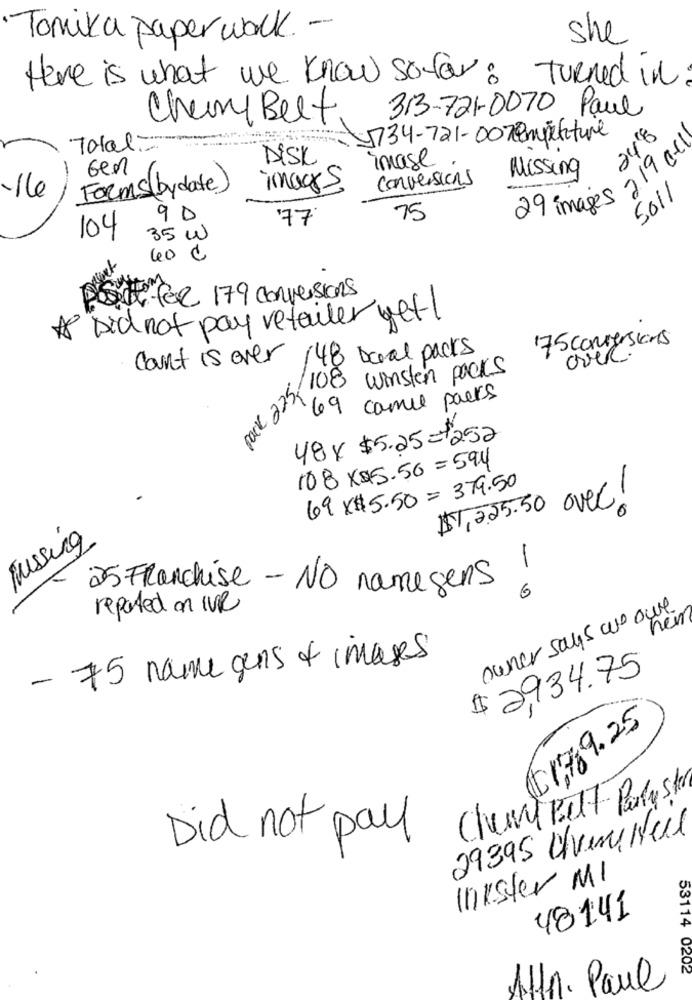
Tomika paper walk. -
she
Here is what we know sofar: Turned in
313-721-0070 Paul
Chemy Beef
248
1734-721-00Température
219 act
Total ..
DISK
image .
Gen
Missing
Conversions
Forms( by date)
imars
16
29 images
5011
90
77
75
104
35 w
40
Posit fer 179 conversions
* Did not pay retailer wet!
175 conversions
count is over
48 Deal packs
over
ack 2235,08 winsten packs
69 came packs
48 x $5.25= 252
108 X$15.50= 594
69 X$ 5.50 = 379.50
$1,2.25.50 over!
Fussing
25 Franchise - NO namegens
- 0
reported on IVe
owner says we our
heir
- 75 name gens of images
$ 2,934.75
11,7 9.25
Chury Belt Poly ster
29395 Avenunul
Did not pay
Inkster MI
48141
53114
0202
Attr. Paul